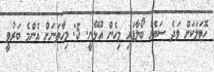
ހޮޓަލަކަށް ވަދެ ސަޔެއް ބޯލާފައި މިހެން އުޅޭނީ. 5: މިހާތަނަށް އެންމެ ބަރުވީ